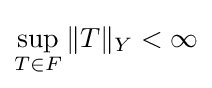
\sup _{T\in F}\|T\|_{Y}<\infty